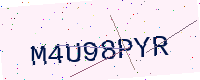
Text: M4U98PYR